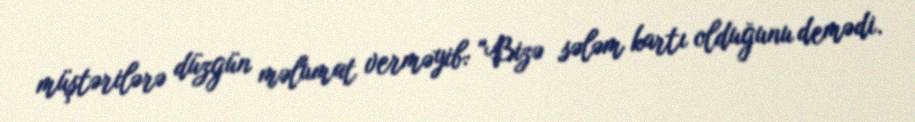
müştərilərə düzgün məlumat verməyib: "Bizə sələm kartı olduğunu demədi.